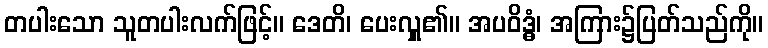
တပါးသော သူတပါးလက်ဖြင့်။ ဒေတိ၊ ပေးလှူ၏။ အပဝိဒ္ဓံ၊ အကြား၌ပြတ်သည်ကို။